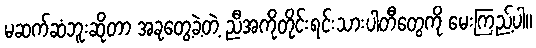
မဆက်ဆံဘူးဆိုတာ အခုတွေ့ခဲ့တဲ့ ညီအကိုတိုင်းရင်းသားပါတီတွေကို မေးကြည့်ပါ။